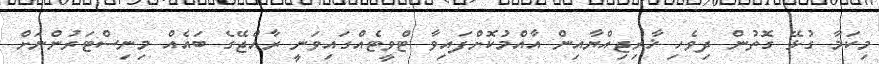
މިކަމާ ގުޅޭ ގޮތުން ދިވެހި ޚާރިޖިއްޔާއިން އާއްމުކޮށްފައިވާ ޓްވީޓެއްްގައިވަނީ ރާއްޖޭގެ ބައެއް މިނިސްޓަރުންނަށް